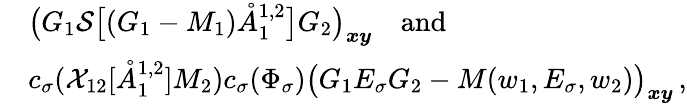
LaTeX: \begin{array}{rl}&{\big(G_{1}\mathcal{S}\big[(G_{1}-M_{1})\mathring{A}_{1}^{{1,2}}\big]G_{2}\big)_{\boldsymbol{x}\boldsymbol{y}}\quad\mathrm{and}}\\ &{c_{\sigma}(\mathcal{X}_{12}[\mathring{A}_{1}^{{1,2}}]M_{2})c_{\sigma}(\Phi_{\sigma})\big(G_{1}E_{\sigma}G_{2}-M(w_{1},E_{\sigma},w_{2})\big)_{\boldsymbol{x}\boldsymbol{y}}\, ,}\end{array}